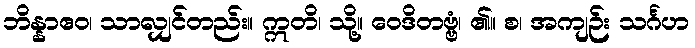
ဘိန္နာဧဝ၊ သာလျှင်တည်း။ ဣတိ၊ သို့။ ဝေဒိတဗ္ဗံ၊ ၏။ စ၊ အကျဉ်း သင်္ဂဟ